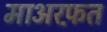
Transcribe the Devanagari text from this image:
माअरफ़त